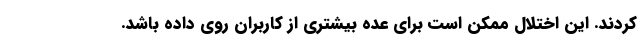
کردند. این اختلال ممکن است برای عده بیشتری از کاربران روی داده باشد.